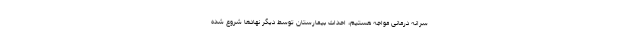
سرانه درمانی مواجه هستیم، احداث بیمارستان توسط دیگر نهادها شروع شده